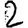
Digit: 2